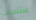
ستتحدث